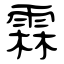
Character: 霖